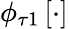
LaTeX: \phi_{\tau 1}\left[\cdot\right]